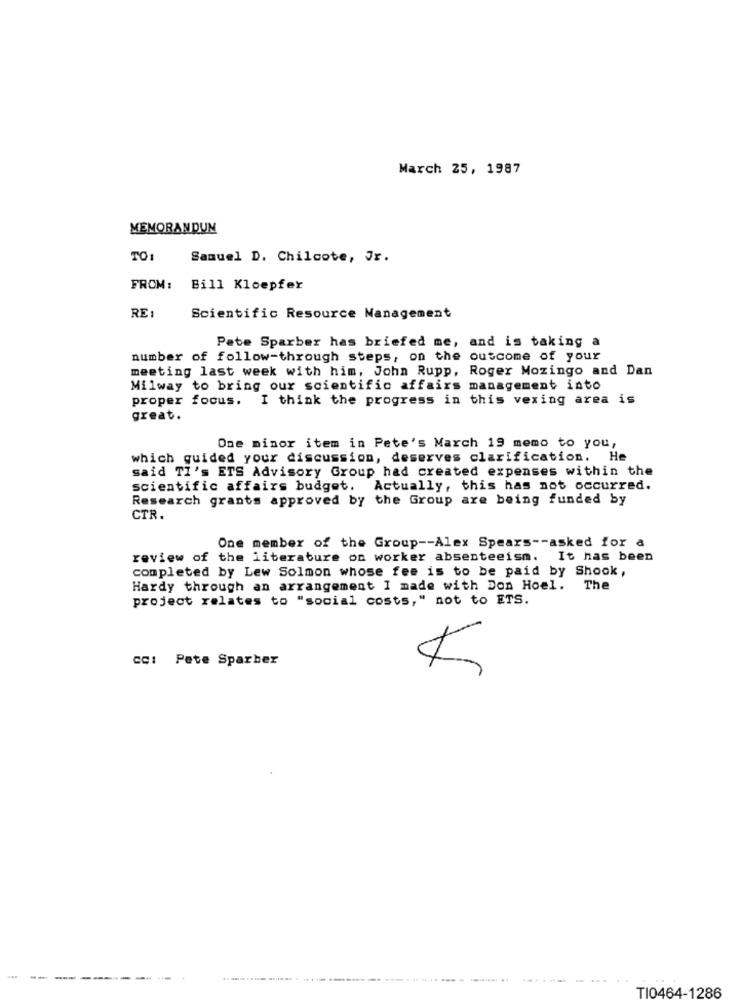
March 25, 1987
MEMORANDUM
TO:
Samuel D. Chilcote, Jr.
FROM :
Bill Kloepfer
RE :
Scientific Resource Management
Pate Sparber has briefed me, and is taking a
number of follow-through steps, on the outcome of your
meeting last week with him, John Rupp, Roger Mozingo and Dan
Milway to bring our scientific affairs management into
proper focus. I think the progress in this vexing area is
great.
One minor item in Pete's March 19 memo to you,
which guided your discussion, deserves clarification. He
said TI's ETS Advisory Group had created expenses within the
scientific affairs budget. Actually, this has not occurred.
Research grants approved by the Group are being funded by
CTR.
One member of the Group -- Alex Spears -- asked for a
review of the literature on worker absenteeism. It has been
completed by Lew Solmon whose fee is to be paid by Shook,
Hardy through an arrangement I made with Don Hoel. The
project relates to "social costs," not to ETS.
CC: Pete Sparber
........ ... ..
TI0464-1286